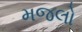
મજલો